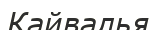
Кайвалья